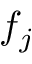
f _ { j }